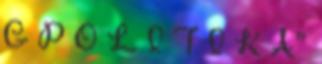
G P O L I T I K A”